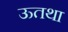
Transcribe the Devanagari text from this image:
ऊतथा